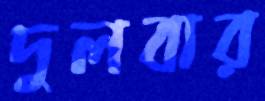
দুলবার